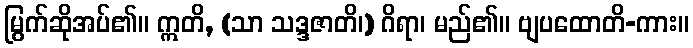
မြွက်ဆိုအပ်၏။ ဣတိ, (သာ သဒ္ဒဇာတိ၊) ဂိရာ၊ မည်၏။ ဗျပထောတိ-ကား။